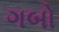
ગબો